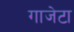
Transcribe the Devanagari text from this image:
गाजेटा